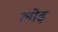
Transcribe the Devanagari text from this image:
लोढ़